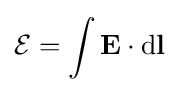
{\mathcal {E}}=\int \mathbf {E} \cdot \mathrm {d} \mathbf {l}